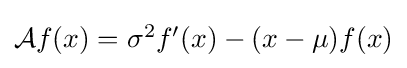
{\textstyle {\mathcal {A}}f(x)=\sigma ^{2}f'(x)-(x-\mu )f(x)}